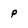
Character: P